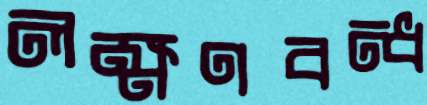
লক্ষণবন্ধ